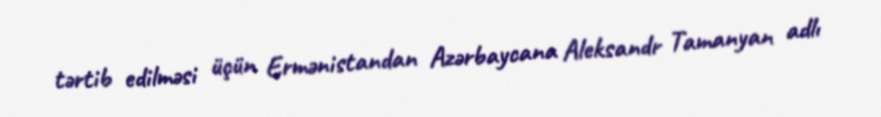
tərtib edilməsi üçün Ermənistandan Azərbaycana Aleksandr Tamanyan adlı